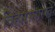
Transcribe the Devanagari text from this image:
विहारासारखे